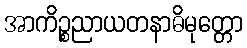
အာကိဉ္စညာယတနာဓိမုတ္တော